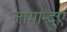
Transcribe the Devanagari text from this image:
तामान्दुए